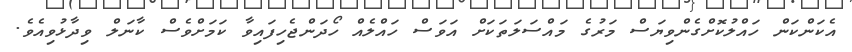
އެކަންކަން ހައްލުކޮށްގެންވިޔަސް މަރުގެ މައްސަލަތަކަށް އަވަސް ހައްލެއް ހޯދަންޖެހިފައިވާ ކަމަށްވެސް ކާނަލް ވިދާޅުވިއެވެ.